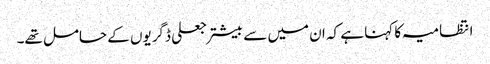
انتظامیہ کا کہنا ہے کہ ان میں سے بیشتر جعلی ڈگریوں کے حامل تھے۔